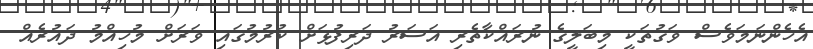
އެހެންނަމަވެސް ވަގުތަކީ މިބަލީގެ ނުރައްކާތެރި އަސަރު ދަރިފުޅަށް ކުރުމުގައި ވަރަށް މުހިއްމު ދައުރެއް